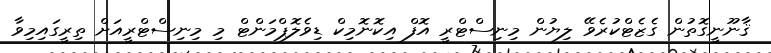
ޤާނޫނީގޮތުން ގެޒެޓްކުރެވޭ ލިޔުން މިނިސްޓްރީ އޮފް އިކޮނޮމިކް ޑިވެލޮޕްމަންޓް މި މިނިސްޓްރީއަށް ތިރީގައިމިވާ